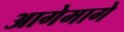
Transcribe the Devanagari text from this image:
आगेमागे